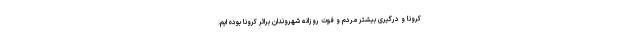
کرونا و درگیری بیشتر مردم و فوت روزانه شهروندان براثر کرونا بوده ‌ایم.